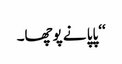
‘‘ پاپا نے پوچھا۔